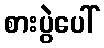
စားပွဲပေါ်